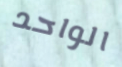
الواحد